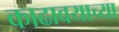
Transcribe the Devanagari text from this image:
काढावयाच्या